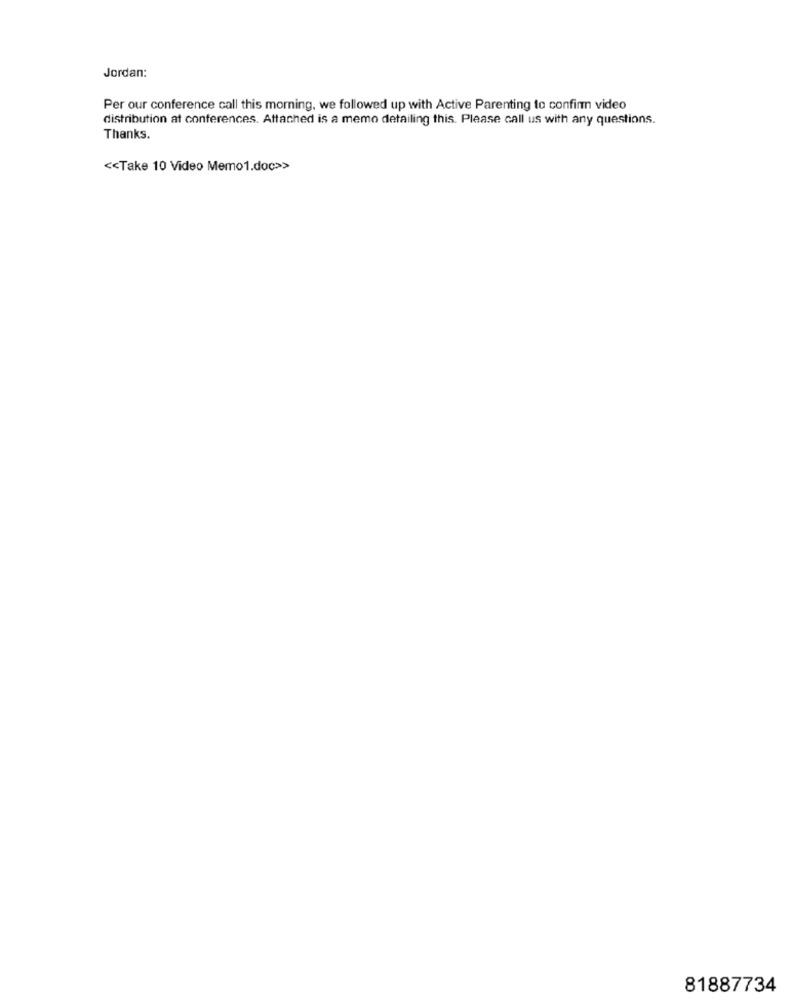
Jordan:
Per our conference call this morning, we followed up with Active Parenting to confirm video
distribution at conferences. Attached is a memo detailing this. Please call us with any questions.
Thanks.
<< Take 10 Video Memo1.doc>>
81887734